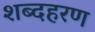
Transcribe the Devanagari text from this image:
शब्दहरण